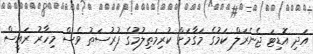
އަދި އޮޑިޓަ ޖެނެރަލް ކަމުގެ މަގާމަށް ކުރިމަތިލުމުގެ ފުރުސަތު ވެސް މިހާރު ރައީސް